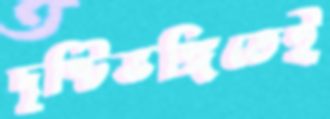
দৃষ্টিভঙ্গিতেই